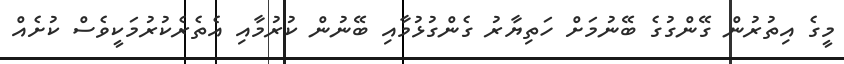
މީގެ އިތުރުން ގޭންގުގެ ބޭނުމަށް ހަތިޔާރު ގެންގުޅުމާއި ބޭނުން ކުރުމާއި އެތެރެކުރުމަކީވެސް ކުށެއް